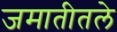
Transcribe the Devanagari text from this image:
जमातीतले